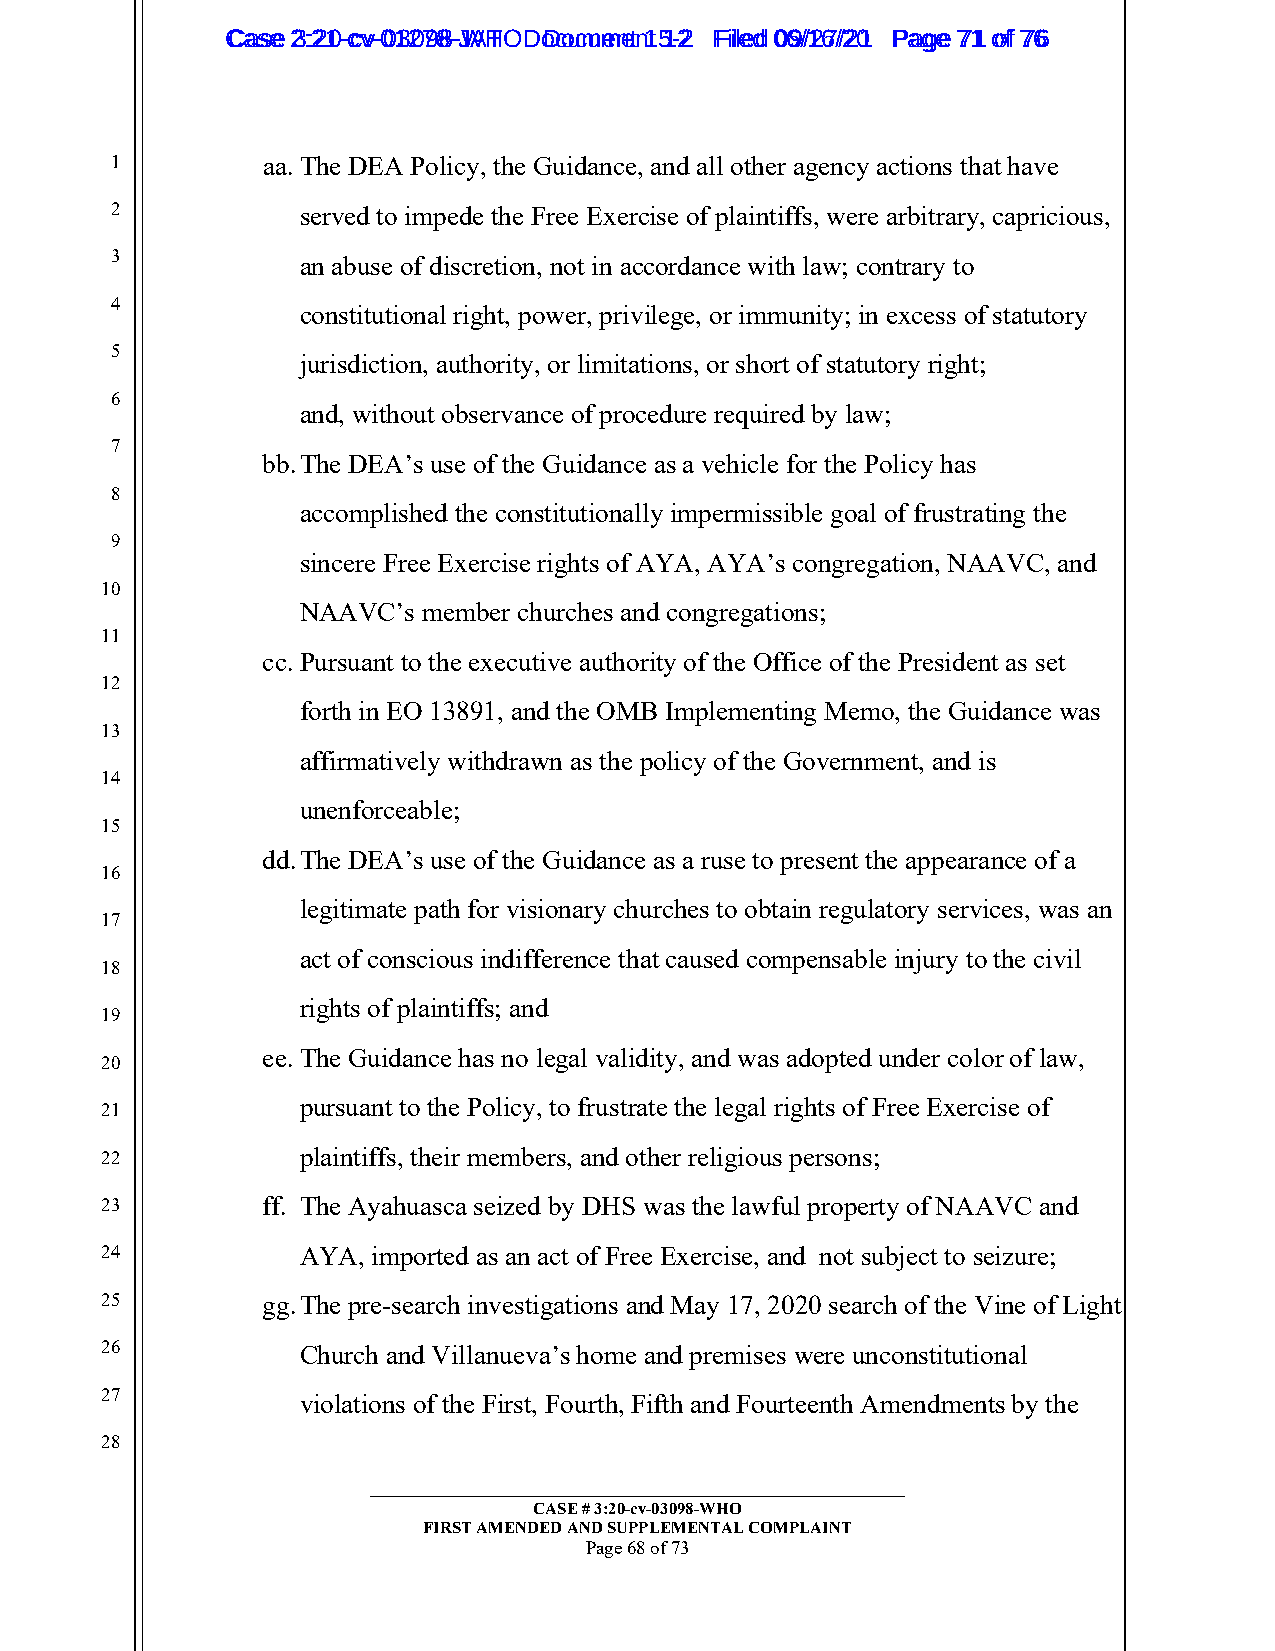
CCaassee 23::2210--ccvv--0013207988--JWAHT O D oDcoucmumenetn 1t 51-22 FFiilleedd 0069//1267//2201 PPaaggee 7711 ooff 7766
 1         aa. The DEA Policy, the Guidance, and all other agency actions that have
 2            served to impede the Free Exercise of plaintiffs, were arbitrary, capricious,
 3            an abuse of discretion, not in accordance with law; contrary to
 4
 constitutional right, power, privilege, or immunity; in excess of statutory
 5
 jurisdiction, authority, or limitations, or short of statutory right;
 6
 and, without observance of procedure required by law;
 7
 bb. The DEA’s use of the Guidance as a vehicle for the Policy has
 8
 accomplished the constitutionally impermissible goal of frustrating the
 9
 sincere Free Exercise rights of AYA, AYA’s congregation, NAAVC, and
 10
 NAAVC’s member churches and congregations;
 11
 cc. Pursuant to the executive authority of the Office of the President as set
 12
 forth in EO 13891, and the OMB Implementing Memo, the Guidance was
 13
 affirmatively withdrawn as the policy of the Government, and is
 14
 unenforceable;
 15
 dd. The DEA’s use of the Guidance as a ruse to present the appearance of a
 16
 legitimate path for visionary churches to obtain regulatory services, was an
 17
 act of conscious indifference that caused compensable injury to the civil
 18
 rights of plaintiffs; and
 19
 ee. The Guidance has no legal validity, and was adopted under color of law,
 20
 pursuant to the Policy, to frustrate the legal rights of Free Exercise of
 21
 22           plaintiffs, their members, and other religious persons;
 23        ff. The Ayahuasca seized by DHS was the lawful property of NAAVC and
 24           AYA, imported as an act of Free Exercise, and not subject to seizure;
 25        gg. The pre-search investigations and May 17, 2020 search of the Vine of Light
 26           Church and Villanueva’s home and premises were unconstitutional
 27           violations of the First, Fourth, Fifth and Fourteenth Amendments by the
 28
 _________________________________________________________
 CASE # 3:20-cv-03098-WHO
 FIRST AMENDED AND SUPPLEMENTAL COMPLAINT
 Page 68 of 73